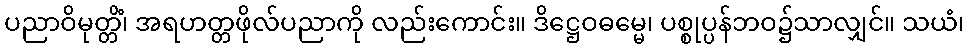
ပညာဝိမုတ္တိံ၊ အရဟတ္တဖိုလ်ပညာကို လည်းကောင်း။ ဒိဋ္ဌေဝဓမ္မေ၊ ပစ္စုပ္ပန်ဘဝ၌သာလျှင်။ သယံ၊